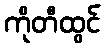
ကိုတီထွင်